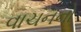
વાચનનો